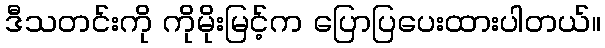
ဒီသတင်းကို ကိုမိုးမြင့်က ပြောပြပေးထားပါတယ်။